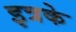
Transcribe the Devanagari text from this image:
इत्रके